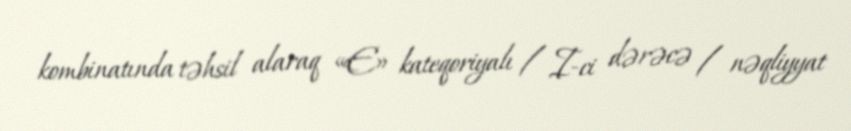
kombinatında təhsil alaraq «E» kateqoriyalı / I-ci dərəcə / nəqliyyat